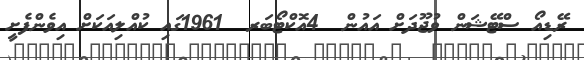
ރޭޑިއޯ ސްޓޭޝަން ވުޖޫދަށް އައުން  4އޮކްޓޯބަރ  1961ގައި ކުއްލިއަކަށް އިވެންފެށީ